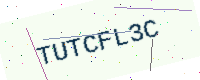
Text: TUTCFL3C